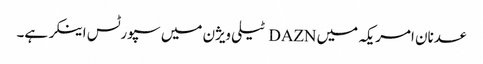
عدنان امر یکہ میں DAZN ٹیلی ویژن میں سپورٹس اینکر ہے۔